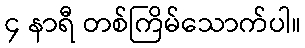
၄ နာရီ တစ်ကြိမ်သောက်ပါ။